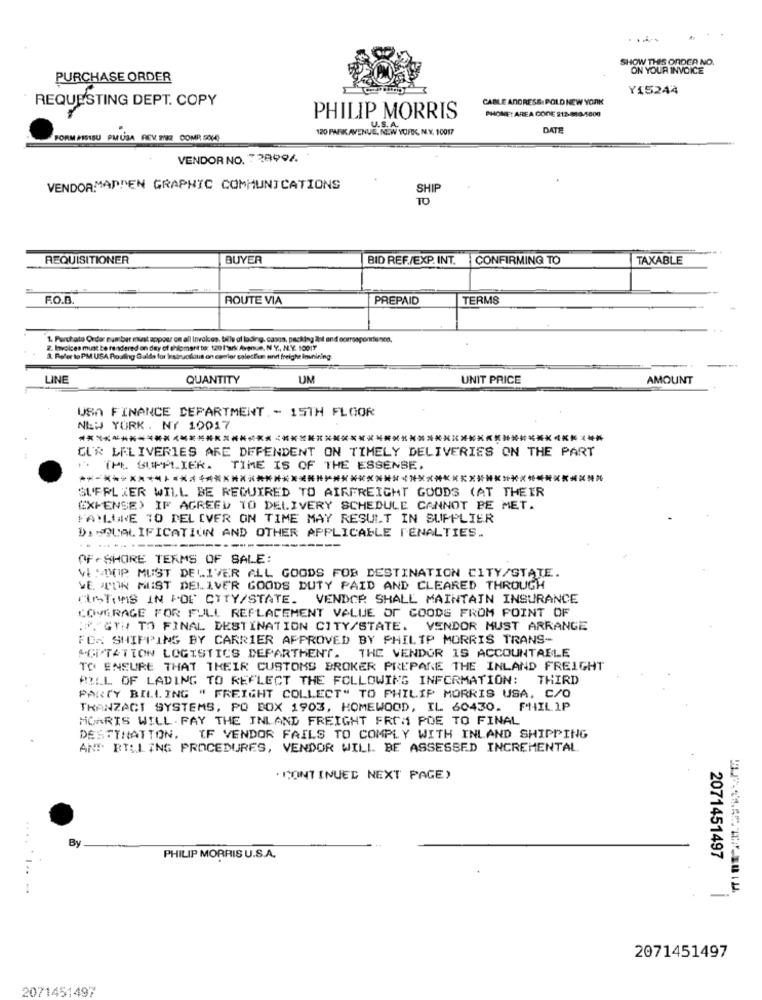
.....
SHOW THIS ORDER NO.
ON YOUR INVOICE
PURCHASE ORDER
Y15244
CABLE ADDRESS: POLD NEW YORK
REQUESTING DEPT. COPY
PHONE: AREA CODE 213-888-5000
PHILIP MORRIS
.
120 PARK AVENUE, NEW YORK, N.Y. 10017
DATE
FORM MISISU PMUSA REV. BR COMP SOM)
VENDOR NO. 738994
VENDORMADDEN GRAPHIC COMMUNICATIONS
SHIP
TO
REQUISITIONER
BUYER
BID REF./EXP. INT. CONFIRMING TO
TAXABLE
F.O.D.
ROUTE VIA
PREPAID
TERMS
1. Parchato Order number must appear on all Invoices, bill of lading. casco, packing ätit and corresponrienen.
2. Invoices must be rendered on day of thlomart to: 120 l'ark Avenue, N Y ., N.Y. 10017
3. Refer to PM USA Rosling Galda for Instructions on comler salesfun and freight inunining.
LINE
QUANTITY
UM
UNIT PRICE
AMOUNT
USA FINANCE DEPARTMENT .- 15TH FLOOR
NEW YORK. NY 10017
CU'R LELIVERIES ARE DEPENDENT ON TIMELY DELIVERIES ON THE PART
THL SUPPLIER.
TIME IS OF THE ESSENBE.
***************************
*******************
SUFPLIER WILL BE REQUIRED TO AIRFREIGHT GOODS (AT THEIR
EXPENSE) IF AGREED TO DELIVERY SCHEDULE CANNOT BE MET.
FAILURE TO DELIVER ON TIME MAY RESULT IN SUPPLIER
DISQUALIFICATION AND OTHER APPLICABLE PENALTIES.
OFFSHORE TERMS OF SALE:
VE :TIP. MUST DELIVER ALL GOODS FOB DESTINATION CITY/STATE.
VE TON MUST DELIVER GOODS DUTY PAID AND CLEARED THROUGH
CUSTOMS IN FOF CITY/STATE. VENDOR SHALL MAINTAIN INSURANCE
COVERAGE FOR FULL REPLACEMENT VALUE OF GOODS FROM POINT OF
:VAGY TO FINAL DESTINATION CITY/STATE. VENDOR MUST ARRANGE
FOX SHIPPING BY CARRIER APPROVED BY PHILIP MORRIS TRANS-
AGITATION LOGISTICS DEPARTMENT. THE VENDOR IS ACCOUNTABLE
TO ENSURE THAT THEIR CUSTOMS BROKER PREPARE THE INLAND FREIGHT
BILL OF LADING TO REFLECT THE FOLLOWING INFORMATION: THIRD
PARTY BILLING " FREIGHT COLLECT" TO PHILIP MORRIS USA. C/O
TRANZACT SYSTEMS, PO BOX 1903, HOMEWOOD, IL 60430. PHILIP
MOARIS WILL. FAY THE INLAND FREIGHT FROM POE TO FINAL
DESTINATION. IF VENDOR FAILS TO COMPLY WITH INLAND SHIPPING
ANT BILLING PROCEDURES, VENDOR WILL BE ASSESSED INCREMENTAL
. CONTINUED NEXT PAGE)
By
PHILIP MORRIS U.S.A.
2071451497
.......-
-
2071451497
2071451497